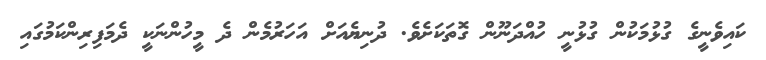
ކައިވެނީގެ ގުޅުމަކުން ގުޅުނީ ހުއްދަނޫން ގޮތަކަށެވެ. ދުނިޔެއަށް އަހަރުމެން ދެ މީހުންނަކީ ދެމަފިރިންކަމުގައި